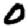
Digit: 0